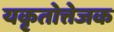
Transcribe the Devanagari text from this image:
यकृतोत्तेजक